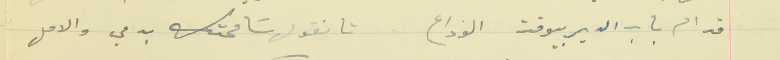
قدام باب الدير بيوقف الوداع                                تا نقول سَامحتك بدمي والامل